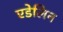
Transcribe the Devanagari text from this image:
एडेलिन